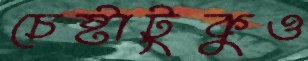
চেষ্টাটুকুও